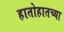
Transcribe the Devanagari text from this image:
हातोहातच्या